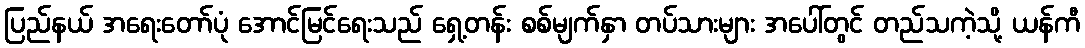
ပြည်နယ် အရေးတော်ပုံ အောင်မြင်ရေးသည် ရှေ့တန်း စစ်မျက်နှာ တပ်သားများ အပေါ်တွင် တည်သကဲ့သို့ ယန်ကီ